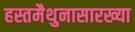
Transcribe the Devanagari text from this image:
हस्तमैथुनासारख्या